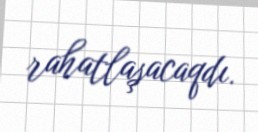
rahatlaşacaqdı.